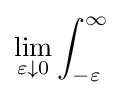
\lim _{\varepsilon \downarrow 0}\int _{-\varepsilon }^{\infty }